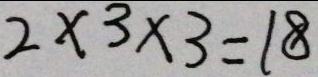
2 \times 3 \times 3 = 1 8